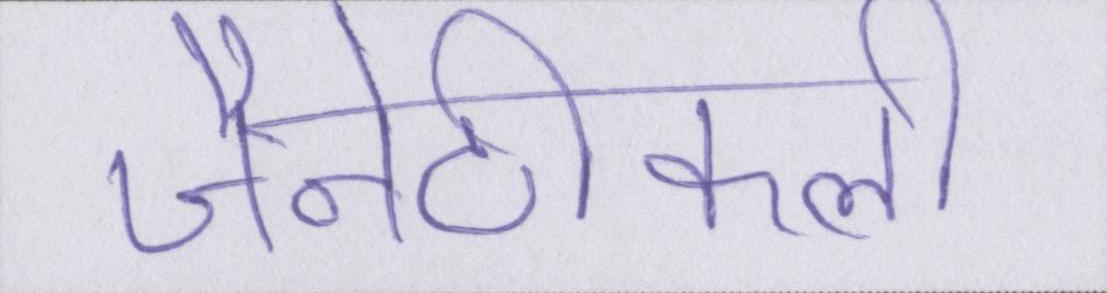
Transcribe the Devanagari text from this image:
जैनेटीकली